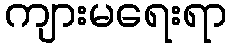
ကျားမရေးရာ